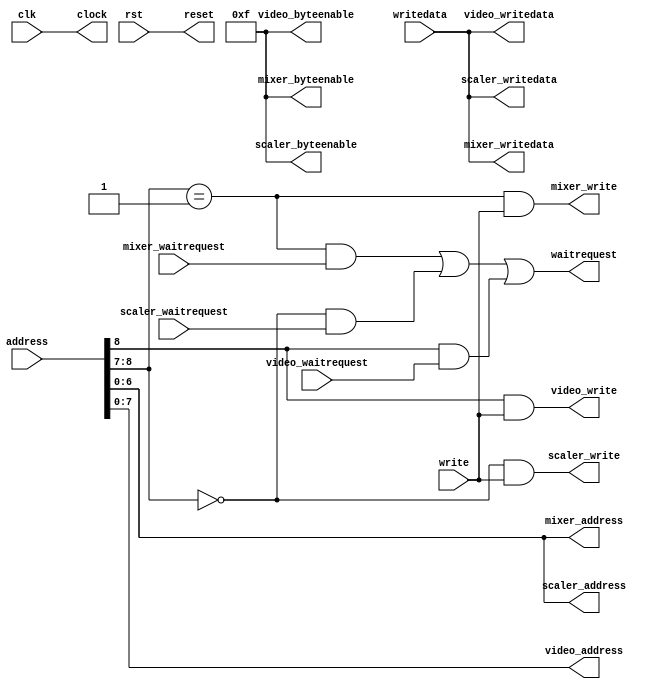
// This program was cloned from: https://github.com/furrtek/Neogeo_MiSTer_old
// License: GNU General Public License v2.0

// avalon_combiner.v

`timescale 1 ps / 1 ps
module avalon_combiner
(
	input  wire        clk,                //      clock.clk
	input  wire        rst,                //      reset.reset

	output wire [6:0]  mixer_address,      //  ctl_mixer.address
	output wire [3:0]  mixer_byteenable,   //           .byteenable
	output wire        mixer_write,        //           .write
	output wire [31:0] mixer_writedata,    //           .writedata
	input  wire        mixer_waitrequest,  //           .waitrequest

	output wire [6:0]  scaler_address,     // ctl_scaler.address
	output wire [3:0]  scaler_byteenable,  //           .byteenable
	input  wire        scaler_waitrequest, //           .waitrequest
	output wire        scaler_write,       //           .write
	output wire [31:0] scaler_writedata,   //           .writedata

	output wire [7:0]  video_address,      //  ctl_video.address
	output wire [3:0]  video_byteenable,   //           .byteenable
	input  wire        video_waitrequest,  //           .waitrequest
	output wire        video_write,        //           .write
	output wire [31:0] video_writedata,    //           .writedata

	output wire        clock,              //    control.clock
	output wire        reset,              //           .reset
	input  wire [8:0]  address,            //           .address
	input  wire        write,              //           .write
	input  wire [31:0] writedata,          //           .writedata
	output wire        waitrequest         //           .waitrequest
);

assign clock = clk;
assign reset = rst;

assign mixer_address  = address[6:0];
assign scaler_address = address[6:0];
assign video_address  = address[7:0];

assign mixer_byteenable  = 4'b1111;
assign scaler_byteenable = 4'b1111;
assign video_byteenable  = 4'b1111;

wire   en_scaler = (address[8:7] == 0);
wire   en_mixer  = (address[8:7] == 1);
wire   en_video  =  address[8];

assign mixer_write  = en_mixer  & write;
assign scaler_write = en_scaler & write;
assign video_write  = en_video  & write;

assign mixer_writedata  = writedata;
assign scaler_writedata = writedata;
assign video_writedata  = writedata;

assign waitrequest = (en_mixer & mixer_waitrequest) | (en_scaler & scaler_waitrequest) | (en_video & video_waitrequest);

endmodule